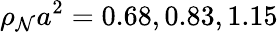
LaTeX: \rho_{\mathcal{N}}a^{2}=0.68,0.83,1.15